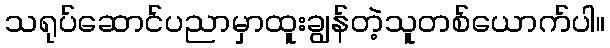
သရုပ်ဆောင်ပညာမှာထူးချွန်တဲ့သူတစ်ယောက်ပါ။